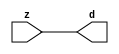

//------> ./rtl_mgc_ioport.v 
//------------------------------------------------------------------
//                M G C _ I O P O R T _ C O M P S
//------------------------------------------------------------------

//------------------------------------------------------------------
//                       M O D U L E S
//------------------------------------------------------------------

//------------------------------------------------------------------
//-- INPUT ENTITIES
//------------------------------------------------------------------

module mgc_in_wire (d, z);

  parameter integer rscid = 1;
  parameter integer width = 8;

  output [width-1:0] d;
  input  [width-1:0] z;

  wire   [width-1:0] d;

  assign d = z;

endmodule

//------------------------------------------------------------------

module mgc_in_wire_en (ld, d, lz, z);

  parameter integer rscid = 1;
  parameter integer width = 8;

  input              ld;
  output [width-1:0] d;
  output             lz;
  input  [width-1:0] z;

  wire   [width-1:0] d;
  wire               lz;

  assign d = z;
  assign lz = ld;

endmodule

//------------------------------------------------------------------

module mgc_in_wire_wait (ld, vd, d, lz, vz, z);

  parameter integer rscid = 1;
  parameter integer width = 8;

  input              ld;
  output             vd;
  output [width-1:0] d;
  output             lz;
  input              vz;
  input  [width-1:0] z;

  wire               vd;
  wire   [width-1:0] d;
  wire               lz;

  assign d = z;
  assign lz = ld;
  assign vd = vz;

endmodule
//------------------------------------------------------------------

module mgc_chan_in (ld, vd, d, lz, vz, z, size, req_size, sizez, sizelz);

  parameter integer rscid = 1;
  parameter integer width = 8;
  parameter integer sz_width = 8;

  input              ld;
  output             vd;
  output [width-1:0] d;
  output             lz;
  input              vz;
  input  [width-1:0] z;
  output [sz_width-1:0] size;
  input              req_size;
  input  [sz_width-1:0] sizez;
  output             sizelz;


  wire               vd;
  wire   [width-1:0] d;
  wire               lz;
  wire   [sz_width-1:0] size;
  wire               sizelz;

  assign d = z;
  assign lz = ld;
  assign vd = vz;
  assign size = sizez;
  assign sizelz = req_size;

endmodule


//------------------------------------------------------------------
//-- OUTPUT ENTITIES
//------------------------------------------------------------------

module mgc_out_stdreg (d, z);

  parameter integer rscid = 1;
  parameter integer width = 8;

  input    [width-1:0] d;
  output   [width-1:0] z;

  wire     [width-1:0] z;

  assign z = d;

endmodule

//------------------------------------------------------------------

module mgc_out_stdreg_en (ld, d, lz, z);

  parameter integer rscid = 1;
  parameter integer width = 8;

  input              ld;
  input  [width-1:0] d;
  output             lz;
  output [width-1:0] z;

  wire               lz;
  wire   [width-1:0] z;

  assign z = d;
  assign lz = ld;

endmodule

//------------------------------------------------------------------

module mgc_out_stdreg_wait (ld, vd, d, lz, vz, z);

  parameter integer rscid = 1;
  parameter integer width = 8;

  input              ld;
  output             vd;
  input  [width-1:0] d;
  output             lz;
  input              vz;
  output [width-1:0] z;

  wire               vd;
  wire               lz;
  wire   [width-1:0] z;

  assign z = d;
  assign lz = ld;
  assign vd = vz;

endmodule

//------------------------------------------------------------------

module mgc_out_prereg_en (ld, d, lz, z);

    parameter integer rscid = 1;
    parameter integer width = 8;

    input              ld;
    input  [width-1:0] d;
    output             lz;
    output [width-1:0] z;

    wire               lz;
    wire   [width-1:0] z;

    assign z = d;
    assign lz = ld;

endmodule

//------------------------------------------------------------------
//-- INOUT ENTITIES
//------------------------------------------------------------------

module mgc_inout_stdreg_en (ldin, din, ldout, dout, lzin, lzout, z);

    parameter integer rscid = 1;
    parameter integer width = 8;

    input              ldin;
    output [width-1:0] din;
    input              ldout;
    input  [width-1:0] dout;
    output             lzin;
    output             lzout;
    inout  [width-1:0] z;

    wire   [width-1:0] din;
    wire               lzin;
    wire               lzout;
    wire   [width-1:0] z;

    assign lzin = ldin;
    assign din = ldin ? z : {width{1'bz}};
    assign lzout = ldout;
    assign z = ldout ? dout : {width{1'bz}};

endmodule

//------------------------------------------------------------------
module hid_tribuf( I_SIG, ENABLE, O_SIG);
  parameter integer width = 8;

  input [width-1:0] I_SIG;
  input ENABLE;
  inout [width-1:0] O_SIG;

  assign O_SIG = (ENABLE) ? I_SIG : { width{1'bz}};

endmodule
//------------------------------------------------------------------

module mgc_inout_stdreg_wait (ldin, vdin, din, ldout, vdout, dout, lzin, vzin, lzout, vzout, z);

    parameter integer rscid = 1;
    parameter integer width = 8;

    input              ldin;
    output             vdin;
    output [width-1:0] din;
    input              ldout;
    output             vdout;
    input  [width-1:0] dout;
    output             lzin;
    input              vzin;
    output             lzout;
    input              vzout;
    inout  [width-1:0] z;

    wire               vdin;
    wire   [width-1:0] din;
    wire               vdout;
    wire               lzin;
    wire               lzout;
    wire   [width-1:0] z;
    wire   ldout_and_vzout;

    assign lzin = ldin;
    assign vdin = vzin;
    assign din = ldin ? z : {width{1'bz}};
    assign lzout = ldout;
    assign vdout = vzout ;
    assign ldout_and_vzout = ldout && vzout ;

    hid_tribuf #(width) tb( .I_SIG(dout),
                            .ENABLE(ldout_and_vzout),
                            .O_SIG(z) );

endmodule

//------------------------------------------------------------------

module mgc_inout_buf_wait (clk, en, arst, srst, ldin, vdin, din, ldout, vdout, dout, lzin, vzin, lzout, vzout, z);

    parameter integer rscid   = 0; // resource ID
    parameter integer width   = 8; // fifo width
    parameter         ph_clk  =  1'b1; // clock polarity 1=rising edge, 0=falling edge
    parameter         ph_en   =  1'b1; // clock enable polarity
    parameter         ph_arst =  1'b1; // async reset polarity
    parameter         ph_srst =  1'b1; // sync reset polarity

    input              clk;
    input              en;
    input              arst;
    input              srst;
    input              ldin;
    output             vdin;
    output [width-1:0] din;
    input              ldout;
    output             vdout;
    input  [width-1:0] dout;
    output             lzin;
    input              vzin;
    output             lzout;
    input              vzout;
    inout  [width-1:0] z;

    wire               lzout_buf;
    wire               vzout_buf;
    wire   [width-1:0] z_buf;
    wire               vdin;
    wire   [width-1:0] din;
    wire               vdout;
    wire               lzin;
    wire               lzout;
    wire   [width-1:0] z;

    assign lzin = ldin;
    assign vdin = vzin;
    assign din = ldin ? z : {width{1'bz}};
    assign lzout = lzout_buf & ~ldin;
    assign vzout_buf = vzout & ~ldin;
    hid_tribuf #(width) tb( .I_SIG(z_buf),
                            .ENABLE((lzout_buf && (!ldin) && vzout) ),
                            .O_SIG(z)  );

    mgc_out_buf_wait
    #(
        .rscid   (rscid),
        .width   (width),
        .ph_clk  (ph_clk),
        .ph_en   (ph_en),
        .ph_arst (ph_arst),
        .ph_srst (ph_srst)
    )
    BUFF
    (
        .clk     (clk),
        .en      (en),
        .arst    (arst),
        .srst    (srst),
        .ld      (ldout),
        .vd      (vdout),
        .d       (dout),
        .lz      (lzout_buf),
        .vz      (vzout_buf),
        .z       (z_buf)
    );


endmodule

module mgc_inout_fifo_wait (clk, en, arst, srst, ldin, vdin, din, ldout, vdout, dout, lzin, vzin, lzout, vzout, z);

    parameter integer rscid   = 0; // resource ID
    parameter integer width   = 8; // fifo width
    parameter integer fifo_sz = 8; // fifo depth
    parameter         ph_clk  = 1'b1;  // clock polarity 1=rising edge, 0=falling edge
    parameter         ph_en   = 1'b1;  // clock enable polarity
    parameter         ph_arst = 1'b1;  // async reset polarity
    parameter         ph_srst = 1'b1;  // sync reset polarity
    parameter integer ph_log2 = 3;     // log2(fifo_sz)
    parameter integer pwropt  = 0;     // pwropt

    input              clk;
    input              en;
    input              arst;
    input              srst;
    input              ldin;
    output             vdin;
    output [width-1:0] din;
    input              ldout;
    output             vdout;
    input  [width-1:0] dout;
    output             lzin;
    input              vzin;
    output             lzout;
    input              vzout;
    inout  [width-1:0] z;

    wire               lzout_buf;
    wire               vzout_buf;
    wire   [width-1:0] z_buf;
    wire               comb;
    wire               vdin;
    wire   [width-1:0] din;
    wire               vdout;
    wire               lzin;
    wire               lzout;
    wire   [width-1:0] z;

    assign lzin = ldin;
    assign vdin = vzin;
    assign din = ldin ? z : {width{1'bz}};
    assign lzout = lzout_buf & ~ldin;
    assign vzout_buf = vzout & ~ldin;
    assign comb = (lzout_buf && (!ldin) && vzout);

    hid_tribuf #(width) tb2( .I_SIG(z_buf), .ENABLE(comb), .O_SIG(z)  );

    mgc_out_fifo_wait
    #(
        .rscid   (rscid),
        .width   (width),
        .fifo_sz (fifo_sz),
        .ph_clk  (ph_clk),
        .ph_en   (ph_en),
        .ph_arst (ph_arst),
        .ph_srst (ph_srst),
        .ph_log2 (ph_log2),
        .pwropt  (pwropt)
    )
    FIFO
    (
        .clk   (clk),
        .en      (en),
        .arst    (arst),
        .srst    (srst),
        .ld      (ldout),
        .vd      (vdout),
        .d       (dout),
        .lz      (lzout_buf),
        .vz      (vzout_buf),
        .z       (z_buf)
    );

endmodule

//------------------------------------------------------------------
//-- I/O SYNCHRONIZATION ENTITIES
//------------------------------------------------------------------

module mgc_io_sync (ld, lz);

    input  ld;
    output lz;

    assign lz = ld;

endmodule

module mgc_bsync_rdy (rd, rz);

    parameter integer rscid   = 0; // resource ID
    parameter ready = 1;
    parameter valid = 0;

    input  rd;
    output rz;

    wire   rz;

    assign rz = rd;

endmodule

module mgc_bsync_vld (vd, vz);

    parameter integer rscid   = 0; // resource ID
    parameter ready = 0;
    parameter valid = 1;

    output vd;
    input  vz;

    wire   vd;

    assign vd = vz;

endmodule

module mgc_bsync_rv (rd, vd, rz, vz);

    parameter integer rscid   = 0; // resource ID
    parameter ready = 1;
    parameter valid = 1;

    input  rd;
    output vd;
    output rz;
    input  vz;

    wire   vd;
    wire   rz;

    assign rz = rd;
    assign vd = vz;

endmodule

//------------------------------------------------------------------

module mgc_sync (ldin, vdin, ldout, vdout);

  input  ldin;
  output vdin;
  input  ldout;
  output vdout;

  wire   vdin;
  wire   vdout;

  assign vdin = ldout;
  assign vdout = ldin;

endmodule

///////////////////////////////////////////////////////////////////////////////
// dummy function used to preserve funccalls for modulario
// it looks like a memory read to the caller
///////////////////////////////////////////////////////////////////////////////
module funccall_inout (d, ad, bd, z, az, bz);

  parameter integer ram_id = 1;
  parameter integer width = 8;
  parameter integer addr_width = 8;

  output [width-1:0]       d;
  input  [addr_width-1:0]  ad;
  input                    bd;
  input  [width-1:0]       z;
  output [addr_width-1:0]  az;
  output                   bz;

  wire   [width-1:0]       d;
  wire   [addr_width-1:0]  az;
  wire                     bz;

  assign d  = z;
  assign az = ad;
  assign bz = bd;

endmodule


///////////////////////////////////////////////////////////////////////////////
// inlinable modular io not otherwise found in mgc_ioport
///////////////////////////////////////////////////////////////////////////////

module modulario_en_in (vd, d, vz, z);

  parameter integer rscid = 1;
  parameter integer width = 8;

  output             vd;
  output [width-1:0] d;
  input              vz;
  input  [width-1:0] z;

  wire   [width-1:0] d;
  wire               vd;

  assign d = z;
  assign vd = vz;

endmodule

//------> ./rtl_mgc_ioport_v2001.v 
//------------------------------------------------------------------

module mgc_out_reg_pos (clk, en, arst, srst, ld, d, lz, z);

    parameter integer rscid   = 1;
    parameter integer width   = 8;
    parameter         ph_en   =  1'b1;
    parameter         ph_arst =  1'b1;
    parameter         ph_srst =  1'b1;

    input              clk;
    input              en;
    input              arst;
    input              srst;
    input              ld;
    input  [width-1:0] d;
    output             lz;
    output [width-1:0] z;

    reg                lz;
    reg    [width-1:0] z;

    generate
    if (ph_arst == 1'b0)
    begin: NEG_ARST
        always @(posedge clk or negedge arst)
        if (arst == 1'b0)
        begin: B1
            lz <= 1'b0;
            z  <= {width{1'b0}};
        end
        else if (srst == ph_srst)
        begin: B2
            lz <= 1'b0;
            z  <= {width{1'b0}};
        end
        else if (en == ph_en)
        begin: B3
            lz <= ld;
            z  <= (ld) ? d : z;
        end
    end
    else
    begin: POS_ARST
        always @(posedge clk or posedge arst)
        if (arst == 1'b1)
        begin: B1
            lz <= 1'b0;
            z  <= {width{1'b0}};
        end
        else if (srst == ph_srst)
        begin: B2
            lz <= 1'b0;
            z  <= {width{1'b0}};
        end
        else if (en == ph_en)
        begin: B3
            lz <= ld;
            z  <= (ld) ? d : z;
        end
    end
    endgenerate

endmodule

//------------------------------------------------------------------

module mgc_out_reg_neg (clk, en, arst, srst, ld, d, lz, z);

    parameter integer rscid   = 1;
    parameter integer width   = 8;
    parameter         ph_en   =  1'b1;
    parameter         ph_arst =  1'b1;
    parameter         ph_srst =  1'b1;

    input              clk;
    input              en;
    input              arst;
    input              srst;
    input              ld;
    input  [width-1:0] d;
    output             lz;
    output [width-1:0] z;

    reg                lz;
    reg    [width-1:0] z;

    generate
    if (ph_arst == 1'b0)
    begin: NEG_ARST
        always @(negedge clk or negedge arst)
        if (arst == 1'b0)
        begin: B1
            lz <= 1'b0;
            z  <= {width{1'b0}};
        end
        else if (srst == ph_srst)
        begin: B2
            lz <= 1'b0;
            z  <= {width{1'b0}};
        end
        else if (en == ph_en)
        begin: B3
            lz <= ld;
            z  <= (ld) ? d : z;
        end
    end
    else
    begin: POS_ARST
        always @(negedge clk or posedge arst)
        if (arst == 1'b1)
        begin: B1
            lz <= 1'b0;
            z  <= {width{1'b0}};
        end
        else if (srst == ph_srst)
        begin: B2
            lz <= 1'b0;
            z  <= {width{1'b0}};
        end
        else if (en == ph_en)
        begin: B3
            lz <= ld;
            z  <= (ld) ? d : z;
        end
    end
    endgenerate

endmodule

//------------------------------------------------------------------

module mgc_out_reg (clk, en, arst, srst, ld, d, lz, z); // Not Supported

    parameter integer rscid   = 1;
    parameter integer width   = 8;
    parameter         ph_clk  =  1'b1;
    parameter         ph_en   =  1'b1;
    parameter         ph_arst =  1'b1;
    parameter         ph_srst =  1'b1;

    input              clk;
    input              en;
    input              arst;
    input              srst;
    input              ld;
    input  [width-1:0] d;
    output             lz;
    output [width-1:0] z;


    generate
    if (ph_clk == 1'b0)
    begin: NEG_EDGE

        mgc_out_reg_neg
        #(
            .rscid   (rscid),
            .width   (width),
            .ph_en   (ph_en),
            .ph_arst (ph_arst),
            .ph_srst (ph_srst)
        )
        mgc_out_reg_neg_inst
        (
            .clk     (clk),
            .en      (en),
            .arst    (arst),
            .srst    (srst),
            .ld      (ld),
            .d       (d),
            .lz      (lz),
            .z       (z)
        );

    end
    else
    begin: POS_EDGE

        mgc_out_reg_pos
        #(
            .rscid   (rscid),
            .width   (width),
            .ph_en   (ph_en),
            .ph_arst (ph_arst),
            .ph_srst (ph_srst)
        )
        mgc_out_reg_pos_inst
        (
            .clk     (clk),
            .en      (en),
            .arst    (arst),
            .srst    (srst),
            .ld      (ld),
            .d       (d),
            .lz      (lz),
            .z       (z)
        );

    end
    endgenerate

endmodule




//------------------------------------------------------------------

module mgc_out_buf_wait (clk, en, arst, srst, ld, vd, d, vz, lz, z); // Not supported

    parameter integer rscid   = 1;
    parameter integer width   = 8;
    parameter         ph_clk  =  1'b1;
    parameter         ph_en   =  1'b1;
    parameter         ph_arst =  1'b1;
    parameter         ph_srst =  1'b1;

    input              clk;
    input              en;
    input              arst;
    input              srst;
    input              ld;
    output             vd;
    input  [width-1:0] d;
    output             lz;
    input              vz;
    output [width-1:0] z;

    wire               filled;
    wire               filled_next;
    wire   [width-1:0] abuf;
    wire               lbuf;


    assign filled_next = (filled & (~vz)) | (filled & ld) | (ld & (~vz));

    assign lbuf = ld & ~(filled ^ vz);

    assign vd = vz | ~filled;

    assign lz = ld | filled;

    assign z = (filled) ? abuf : d;

    wire dummy;
    wire dummy_bufreg_lz;

    // Output registers:
    mgc_out_reg
    #(
        .rscid   (rscid),
        .width   (1'b1),
        .ph_clk  (ph_clk),
        .ph_en   (ph_en),
        .ph_arst (ph_arst),
        .ph_srst (ph_srst)
    )
    STATREG
    (
        .clk     (clk),
        .en      (en),
        .arst    (arst),
        .srst    (srst),
        .ld      (filled_next),
        .d       (1'b0),       // input d is unused
        .lz      (filled),
        .z       (dummy)            // output z is unused
    );

    mgc_out_reg
    #(
        .rscid   (rscid),
        .width   (width),
        .ph_clk  (ph_clk),
        .ph_en   (ph_en),
        .ph_arst (ph_arst),
        .ph_srst (ph_srst)
    )
    BUFREG
    (
        .clk     (clk),
        .en      (en),
        .arst    (arst),
        .srst    (srst),
        .ld      (lbuf),
        .d       (d),
        .lz      (dummy_bufreg_lz),
        .z       (abuf)
    );

endmodule

//------------------------------------------------------------------

module mgc_out_fifo_wait (clk, en, arst, srst, ld, vd, d, lz, vz,  z);

    parameter integer rscid   = 0; // resource ID
    parameter integer width   = 8; // fifo width
    parameter integer fifo_sz = 8; // fifo depth
    parameter         ph_clk  = 1'b1; // clock polarity 1=rising edge, 0=falling edge
    parameter         ph_en   = 1'b1; // clock enable polarity
    parameter         ph_arst = 1'b1; // async reset polarity
    parameter         ph_srst = 1'b1; // sync reset polarity
    parameter integer ph_log2 = 3; // log2(fifo_sz)
    parameter integer pwropt  = 0; // pwropt


    input                 clk;
    input                 en;
    input                 arst;
    input                 srst;
    input                 ld;    // load data
    output                vd;    // fifo full active low
    input     [width-1:0] d;
    output                lz;    // fifo ready to send
    input                 vz;    // dest ready for data
    output    [width-1:0] z;

    wire    [31:0]      size;


      // Output registers:
 mgc_out_fifo_wait_core#(
        .rscid   (rscid),
        .width   (width),
        .sz_width (32),
        .fifo_sz (fifo_sz),
        .ph_clk  (ph_clk),
        .ph_en   (ph_en),
        .ph_arst (ph_arst),
        .ph_srst (ph_srst),
        .ph_log2 (ph_log2),
        .pwropt  (pwropt)
        ) CORE (
        .clk (clk),
        .en (en),
        .arst (arst),
        .srst (srst),
        .ld (ld),
        .vd (vd),
        .d (d),
        .lz (lz),
        .vz (vz),
        .z (z),
        .size (size)
        );

endmodule



module mgc_out_fifo_wait_core (clk, en, arst, srst, ld, vd, d, lz, vz,  z, size);

    parameter integer rscid   = 0; // resource ID
    parameter integer width   = 8; // fifo width
    parameter integer sz_width = 8; // size of port for elements in fifo
    parameter integer fifo_sz = 8; // fifo depth
    parameter         ph_clk  =  1'b1; // clock polarity 1=rising edge, 0=falling edge
    parameter         ph_en   =  1'b1; // clock enable polarity
    parameter         ph_arst =  1'b1; // async reset polarity
    parameter         ph_srst =  1'b1; // sync reset polarity
    parameter integer ph_log2 = 3; // log2(fifo_sz)
    parameter integer pwropt  = 0; // pwropt

   localparam integer  fifo_b = width * fifo_sz;

    input                 clk;
    input                 en;
    input                 arst;
    input                 srst;
    input                 ld;    // load data
    output                vd;    // fifo full active low
    input     [width-1:0] d;
    output                lz;    // fifo ready to send
    input                 vz;    // dest ready for data
    output    [width-1:0] z;
    output    [sz_width-1:0]      size;

    reg      [( (fifo_sz > 0) ? fifo_sz : 1)-1:0] stat_pre;
    wire     [( (fifo_sz > 0) ? fifo_sz : 1)-1:0] stat;
    reg      [( (fifo_b > 0) ? fifo_b : 1)-1:0] buff_pre;
    wire     [( (fifo_b > 0) ? fifo_b : 1)-1:0] buff;
    reg      [( (fifo_sz > 0) ? fifo_sz : 1)-1:0] en_l;
    reg      [(((fifo_sz > 0) ? fifo_sz : 1)-1)/8:0] en_l_s;

    reg       [width-1:0] buff_nxt;

    reg                   stat_nxt;
    reg                   stat_before;
    reg                   stat_after;
    reg                   en_l_var;

    integer               i;
    genvar                eni;

    wire [32:0]           size_t;
    reg [31:0]            count;
    reg [31:0]            count_t;
    reg [32:0]            n_elem;
// pragma translate_off
    reg [31:0]            peak;
// pragma translate_on

    wire [( (fifo_sz > 0) ? fifo_sz : 1)-1:0] dummy_statreg_lz;
    wire [( (fifo_b > 0) ? fifo_b : 1)-1:0] dummy_bufreg_lz;

    generate
    if ( fifo_sz > 0 )
    begin: FIFO_REG
      assign vd = vz | ~stat[0];
      assign lz = ld | stat[fifo_sz-1];
      assign size_t = (count - (vz && stat[fifo_sz-1])) + ld;
      assign size = size_t[sz_width-1:0];
      assign z = (stat[fifo_sz-1]) ? buff[fifo_b-1:width*(fifo_sz-1)] : d;

      always @(*)
      begin: FIFOPROC
        n_elem = 33'b0;
        for (i = fifo_sz-1; i >= 0; i = i - 1)
        begin
          if (i != 0)
            stat_before = stat[i-1];
          else
            stat_before = 1'b0;

          if (i != (fifo_sz-1))
            stat_after = stat[i+1];
          else
            stat_after = 1'b1;

          stat_nxt = stat_after &
                    (stat_before | (stat[i] & (~vz)) | (stat[i] & ld) | (ld & (~vz)));

          stat_pre[i] = stat_nxt;
          en_l_var = 1'b1;
          if (!stat_nxt)
            begin
              buff_nxt = {width{1'b0}};
              en_l_var = 1'b0;
            end
          else if (vz && stat_before)
            buff_nxt[0+:width] = buff[width*(i-1)+:width];
          else if (ld && !((vz && stat_before) || ((!vz) && stat[i])))
            buff_nxt = d;
          else
            begin
              if (pwropt == 0)
                buff_nxt[0+:width] = buff[width*i+:width];
              else
                buff_nxt = {width{1'b0}};
              en_l_var = 1'b0;
            end

          if (ph_en != 0)
            en_l[i] = en & en_l_var;
          else
            en_l[i] = en | ~en_l_var;

          buff_pre[width*i+:width] = buff_nxt[0+:width];

          if ((stat_after == 1'b1) && (stat[i] == 1'b0))
            n_elem = ($unsigned(fifo_sz) - 1) - i;
        end

        if (ph_en != 0)
          en_l_s[(((fifo_sz > 0) ? fifo_sz : 1)-1)/8] = 1'b1;
        else
          en_l_s[(((fifo_sz > 0) ? fifo_sz : 1)-1)/8] = 1'b0;

        for (i = fifo_sz-1; i >= 7; i = i - 1)
        begin
          if ((i%'d2) == 0)
          begin
            if (ph_en != 0)
              en_l_s[(i/8)-1] = en & (stat[i]|stat_pre[i-1]);
            else
              en_l_s[(i/8)-1] = en | ~(stat[i]|stat_pre[i-1]);
          end
        end

        if ( stat[fifo_sz-1] == 1'b0 )
          count_t = 32'b0;
        else if ( stat[0] == 1'b1 )
          count_t = { {(32-ph_log2){1'b0}}, fifo_sz};
        else
          count_t = n_elem[31:0];
        count = count_t;
// pragma translate_off
        if ( peak < count )
          peak = count;
// pragma translate_on
      end

      if (pwropt == 0)
      begin: NOCGFIFO
        // Output registers:
        mgc_out_reg
        #(
            .rscid   (rscid),
            .width   (fifo_sz),
            .ph_clk  (ph_clk),
            .ph_en   (ph_en),
            .ph_arst (ph_arst),
            .ph_srst (ph_srst)
        )
        STATREG
        (
            .clk     (clk),
            .en      (en),
            .arst    (arst),
            .srst    (srst),
            .ld      (1'b1),
            .d       (stat_pre),
            .lz      (dummy_statreg_lz[0]),
            .z       (stat)
        );
        mgc_out_reg
        #(
            .rscid   (rscid),
            .width   (fifo_b),
            .ph_clk  (ph_clk),
            .ph_en   (ph_en),
            .ph_arst (ph_arst),
            .ph_srst (ph_srst)
        )
        BUFREG
        (
            .clk     (clk),
            .en      (en),
            .arst    (arst),
            .srst    (srst),
            .ld      (1'b1),
            .d       (buff_pre),
            .lz      (dummy_bufreg_lz[0]),
            .z       (buff)
        );
      end
      else
      begin: CGFIFO
        // Output registers:
        if ( pwropt > 1)
        begin: CGSTATFIFO2
          for (eni = fifo_sz-1; eni >= 0; eni = eni - 1)
          begin: pwroptGEN1
            mgc_out_reg
            #(
              .rscid   (rscid),
              .width   (1),
              .ph_clk  (ph_clk),
              .ph_en   (ph_en),
              .ph_arst (ph_arst),
              .ph_srst (ph_srst)
            )
            STATREG
            (
              .clk     (clk),
              .en      (en_l_s[eni/8]),
              .arst    (arst),
              .srst    (srst),
              .ld      (1'b1),
              .d       (stat_pre[eni]),
              .lz      (dummy_statreg_lz[eni]),
              .z       (stat[eni])
            );
          end
        end
        else
        begin: CGSTATFIFO
          mgc_out_reg
          #(
            .rscid   (rscid),
            .width   (fifo_sz),
            .ph_clk  (ph_clk),
            .ph_en   (ph_en),
            .ph_arst (ph_arst),
            .ph_srst (ph_srst)
          )
          STATREG
          (
            .clk     (clk),
            .en      (en),
            .arst    (arst),
            .srst    (srst),
            .ld      (1'b1),
            .d       (stat_pre),
            .lz      (dummy_statreg_lz[0]),
            .z       (stat)
          );
        end
        for (eni = fifo_sz-1; eni >= 0; eni = eni - 1)
        begin: pwroptGEN2
          mgc_out_reg
          #(
            .rscid   (rscid),
            .width   (width),
            .ph_clk  (ph_clk),
            .ph_en   (ph_en),
            .ph_arst (ph_arst),
            .ph_srst (ph_srst)
          )
          BUFREG
          (
            .clk     (clk),
            .en      (en_l[eni]),
            .arst    (arst),
            .srst    (srst),
            .ld      (1'b1),
            .d       (buff_pre[width*eni+:width]),
            .lz      (dummy_bufreg_lz[eni]),
            .z       (buff[width*eni+:width])
          );
        end
      end
    end
    else
    begin: FEED_THRU
      assign vd = vz;
      assign lz = ld;
      assign z = d;
      assign size = ld && !vz;
    end
    endgenerate

endmodule

//------------------------------------------------------------------
//-- PIPE ENTITIES
//------------------------------------------------------------------
/*
 *
 *             _______________________________________________
 * WRITER    |                                               |          READER
 *           |           MGC_PIPE                            |
 *           |           __________________________          |
 *        --<| vdout  --<| vd ---------------  vz<|-----ldin<|---
 *           |           |      FIFO              |          |
 *        ---|>ldout  ---|>ld ---------------- lz |> ---vdin |>--
 *        ---|>dout -----|>d  ---------------- dz |> ----din |>--
 *           |           |________________________|          |
 *           |_______________________________________________|
 */
// two clock pipe
module mgc_pipe (clk, en, arst, srst, ldin, vdin, din, ldout, vdout, dout, size, req_size);

    parameter integer rscid   = 0; // resource ID
    parameter integer width   = 8; // fifo width
    parameter integer sz_width = 8; // width of size of elements in fifo
    parameter integer fifo_sz = 8; // fifo depth
    parameter integer log2_sz = 3; // log2(fifo_sz)
    parameter         ph_clk  = 1'b1;  // clock polarity 1=rising edge, 0=falling edge
    parameter         ph_en   = 1'b1;  // clock enable polarity
    parameter         ph_arst = 1'b1;  // async reset polarity
    parameter         ph_srst = 1'b1;  // sync reset polarity
    parameter integer pwropt  = 0; // pwropt

    input              clk;
    input              en;
    input              arst;
    input              srst;
    input              ldin;
    output             vdin;
    output [width-1:0] din;
    input              ldout;
    output             vdout;
    input  [width-1:0] dout;
    output [sz_width-1:0]      size;
    input              req_size;


    mgc_out_fifo_wait_core
    #(
        .rscid    (rscid),
        .width    (width),
        .sz_width (sz_width),
        .fifo_sz  (fifo_sz),
        .ph_clk   (ph_clk),
        .ph_en    (ph_en),
        .ph_arst  (ph_arst),
        .ph_srst  (ph_srst),
        .ph_log2  (log2_sz),
        .pwropt   (pwropt)
    )
    FIFO
    (
        .clk     (clk),
        .en      (en),
        .arst    (arst),
        .srst    (srst),
        .ld      (ldout),
        .vd      (vdout),
        .d       (dout),
        .lz      (vdin),
        .vz      (ldin),
        .z       (din),
        .size    (size)
    );

endmodule


//------> ./rtl.v 
// ----------------------------------------------------------------------
//  HLS HDL:        Verilog Netlister
//  HLS Version:    2011a.126 Production Release
//  HLS Date:       Wed Aug  8 00:52:07 PDT 2012
// 
//  Generated by:   nn1114@EEWS104A-002
//  Generated date: Wed May 13 12:10:14 2015
// ----------------------------------------------------------------------

// 
// ------------------------------------------------------------------
//  Design Unit:    vga_mouse_square_core
// ------------------------------------------------------------------


module vga_mouse_square_core (
  clk, en, arst_n, vga_xy_rsc_mgc_in_wire_d, mouse_xy_rsc_mgc_in_wire_d, cursor_size_rsc_mgc_in_wire_d,
      video_in_rsc_mgc_in_wire_d, video_out_rsc_mgc_out_stdreg_d
);
  input clk;
  input en;
  input arst_n;
  input [19:0] vga_xy_rsc_mgc_in_wire_d;
  input [19:0] mouse_xy_rsc_mgc_in_wire_d;
  input [7:0] cursor_size_rsc_mgc_in_wire_d;
  input [29:0] video_in_rsc_mgc_in_wire_d;
  output [29:0] video_out_rsc_mgc_out_stdreg_d;


  // Interconnect Declarations
  reg [9:0] reg_video_out_rsc_mgc_out_stdreg_d_tmp;
  reg [9:0] reg_video_out_rsc_mgc_out_stdreg_d_tmp_1;
  reg [9:0] reg_video_out_rsc_mgc_out_stdreg_d_tmp_2;
  wire or_itm;


  // Interconnect Declarations for Component Instantiations 
  assign video_out_rsc_mgc_out_stdreg_d = {reg_video_out_rsc_mgc_out_stdreg_d_tmp
      , reg_video_out_rsc_mgc_out_stdreg_d_tmp_1 , reg_video_out_rsc_mgc_out_stdreg_d_tmp_2};
  assign or_itm = (readslicef_12_1_11((conv_u2u_11_12(readslicef_12_11_1((conv_u2u_11_12({(~
      (mouse_xy_rsc_mgc_in_wire_d[19:10])) , 1'b1}) + conv_u2u_11_12({(~ (vga_xy_rsc_mgc_in_wire_d[19:10]))
      , 1'b1})))) + conv_s2u_11_12({3'b100 , cursor_size_rsc_mgc_in_wire_d})))) |
      (readslicef_12_1_11((conv_u2u_11_12(readslicef_12_11_1((conv_u2u_11_12({(vga_xy_rsc_mgc_in_wire_d[19:10])
      , 1'b1}) + conv_u2u_11_12({(mouse_xy_rsc_mgc_in_wire_d[19:10]) , 1'b1}))))
      + conv_s2u_11_12({3'b100 , cursor_size_rsc_mgc_in_wire_d})))) | (readslicef_12_1_11((conv_u2u_11_12(readslicef_12_11_1((conv_u2u_11_12({(mouse_xy_rsc_mgc_in_wire_d[9:0])
      , 1'b1}) + conv_u2u_11_12({(~ (vga_xy_rsc_mgc_in_wire_d[9:0])) , 1'b1}))))
      + conv_s2u_11_12({3'b100 , cursor_size_rsc_mgc_in_wire_d})))) | (readslicef_12_1_11((conv_u2u_11_12(readslicef_12_11_1((conv_u2u_11_12({(vga_xy_rsc_mgc_in_wire_d[9:0])
      , 1'b1}) + conv_u2u_11_12({(~ (mouse_xy_rsc_mgc_in_wire_d[9:0])) , 1'b1}))))
      + conv_s2u_11_12({3'b100 , cursor_size_rsc_mgc_in_wire_d}))));
  always @(posedge clk or negedge arst_n) begin
    if ( ~ arst_n ) begin
      reg_video_out_rsc_mgc_out_stdreg_d_tmp <= 10'b0;
      reg_video_out_rsc_mgc_out_stdreg_d_tmp_1 <= 10'b0;
      reg_video_out_rsc_mgc_out_stdreg_d_tmp_2 <= 10'b0;
    end
    else begin
      if ( en ) begin
        reg_video_out_rsc_mgc_out_stdreg_d_tmp <= (video_in_rsc_mgc_in_wire_d[29:20])
            & ({{9{or_itm}}, or_itm});
        reg_video_out_rsc_mgc_out_stdreg_d_tmp_1 <= video_in_rsc_mgc_in_wire_d[19:10];
        reg_video_out_rsc_mgc_out_stdreg_d_tmp_2 <= (video_in_rsc_mgc_in_wire_d[9:0])
            & ({{9{or_itm}}, or_itm});
      end
    end
  end

  function [0:0] readslicef_12_1_11;
    input [11:0] vector;
    reg [11:0] tmp;
  begin
    tmp = vector >> 11;
    readslicef_12_1_11 = tmp[0:0];
  end
  endfunction


  function [10:0] readslicef_12_11_1;
    input [11:0] vector;
    reg [11:0] tmp;
  begin
    tmp = vector >> 1;
    readslicef_12_11_1 = tmp[10:0];
  end
  endfunction


  function  [11:0] conv_u2u_11_12 ;
    input [10:0]  vector ;
  begin
    conv_u2u_11_12 = {1'b0, vector};
  end
  endfunction


  function  [11:0] conv_s2u_11_12 ;
    input signed [10:0]  vector ;
  begin
    conv_s2u_11_12 = {vector[10], vector};
  end
  endfunction

endmodule

// ------------------------------------------------------------------
//  Design Unit:    vga_mouse_square
//  Generated from file(s):
//    2) $PROJECT_HOME/vga_mouse_square.c
// ------------------------------------------------------------------


module vga_mouse_square (
  vga_xy_rsc_z, mouse_xy_rsc_z, cursor_size_rsc_z, video_in_rsc_z, video_out_rsc_z,
      clk, en, arst_n
);
  input [19:0] vga_xy_rsc_z;
  input [19:0] mouse_xy_rsc_z;
  input [7:0] cursor_size_rsc_z;
  input [29:0] video_in_rsc_z;
  output [29:0] video_out_rsc_z;
  input clk;
  input en;
  input arst_n;


  // Interconnect Declarations
  wire [19:0] vga_xy_rsc_mgc_in_wire_d;
  wire [19:0] mouse_xy_rsc_mgc_in_wire_d;
  wire [7:0] cursor_size_rsc_mgc_in_wire_d;
  wire [29:0] video_in_rsc_mgc_in_wire_d;
  wire [29:0] video_out_rsc_mgc_out_stdreg_d;


  // Interconnect Declarations for Component Instantiations 
  mgc_in_wire #(.rscid(1),
  .width(20)) vga_xy_rsc_mgc_in_wire (
      .d(vga_xy_rsc_mgc_in_wire_d),
      .z(vga_xy_rsc_z)
    );
  mgc_in_wire #(.rscid(2),
  .width(20)) mouse_xy_rsc_mgc_in_wire (
      .d(mouse_xy_rsc_mgc_in_wire_d),
      .z(mouse_xy_rsc_z)
    );
  mgc_in_wire #(.rscid(3),
  .width(8)) cursor_size_rsc_mgc_in_wire (
      .d(cursor_size_rsc_mgc_in_wire_d),
      .z(cursor_size_rsc_z)
    );
  mgc_in_wire #(.rscid(4),
  .width(30)) video_in_rsc_mgc_in_wire (
      .d(video_in_rsc_mgc_in_wire_d),
      .z(video_in_rsc_z)
    );
  mgc_out_stdreg #(.rscid(5),
  .width(30)) video_out_rsc_mgc_out_stdreg (
      .d(video_out_rsc_mgc_out_stdreg_d),
      .z(video_out_rsc_z)
    );
  vga_mouse_square_core vga_mouse_square_core_inst (
      .clk(clk),
      .en(en),
      .arst_n(arst_n),
      .vga_xy_rsc_mgc_in_wire_d(vga_xy_rsc_mgc_in_wire_d),
      .mouse_xy_rsc_mgc_in_wire_d(mouse_xy_rsc_mgc_in_wire_d),
      .cursor_size_rsc_mgc_in_wire_d(cursor_size_rsc_mgc_in_wire_d),
      .video_in_rsc_mgc_in_wire_d(video_in_rsc_mgc_in_wire_d),
      .video_out_rsc_mgc_out_stdreg_d(video_out_rsc_mgc_out_stdreg_d)
    );
endmodule